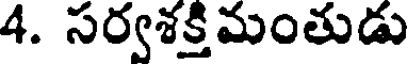
4. సర్వశక్తిమంతుడు